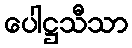
ပေါဋ္ဌသီသာ